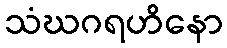
သံဃဂရဟိနော